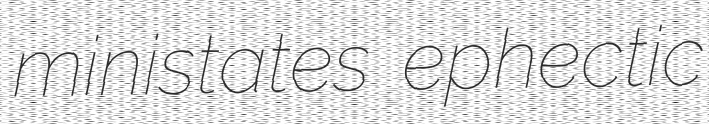
ministates ephectic